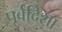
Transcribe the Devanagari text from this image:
पूर्वदिशा